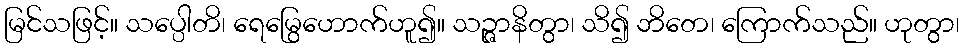
မြင်သဖြင့်။ သပ္ပေါတိ၊ ရေမြွေဟောက်ဟူ၍။ သဉ္ဇာနိတွာ၊ သိ၍ ဘိတေ၊ ကြောက်သည်။ ဟုတွာ၊